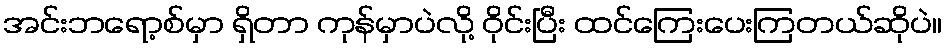
အင်းဘရော့စ်မှာ ရှိတာ ကုန်မှာပဲလို့ ဝိုင်းပြီး ထင်ကြေးပေးကြတယ်ဆိုပဲ။